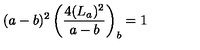
( a - b ) ^ { 2 } \left( \frac { 4 ( L _ { a } ) ^ { 2 } } { a - b } \right) _ { b } = 1